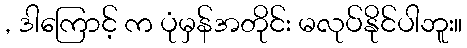
, ဒါကြောင့် က ပုံမှန်အတိုင်း မလုပ်နိုင်ပါဘူး။